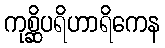
ကုစ္ဆိပရိဟာရိကေန